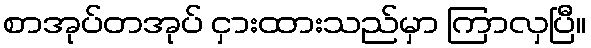
စာအုပ်တအုပ် ငှားထားသည်မှာ ကြာလှပြီ။